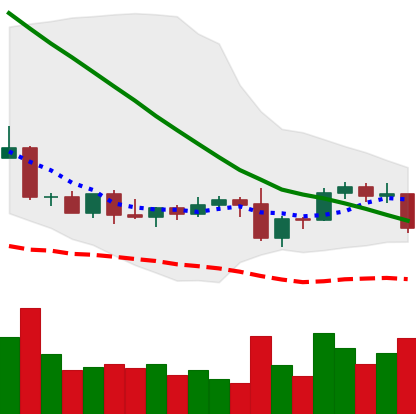
Ticker: DOGE-USD
Chart end date: 2022-09-13
Forward return: -4.339%
Label: down_3_5